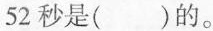
52秒是( )的。